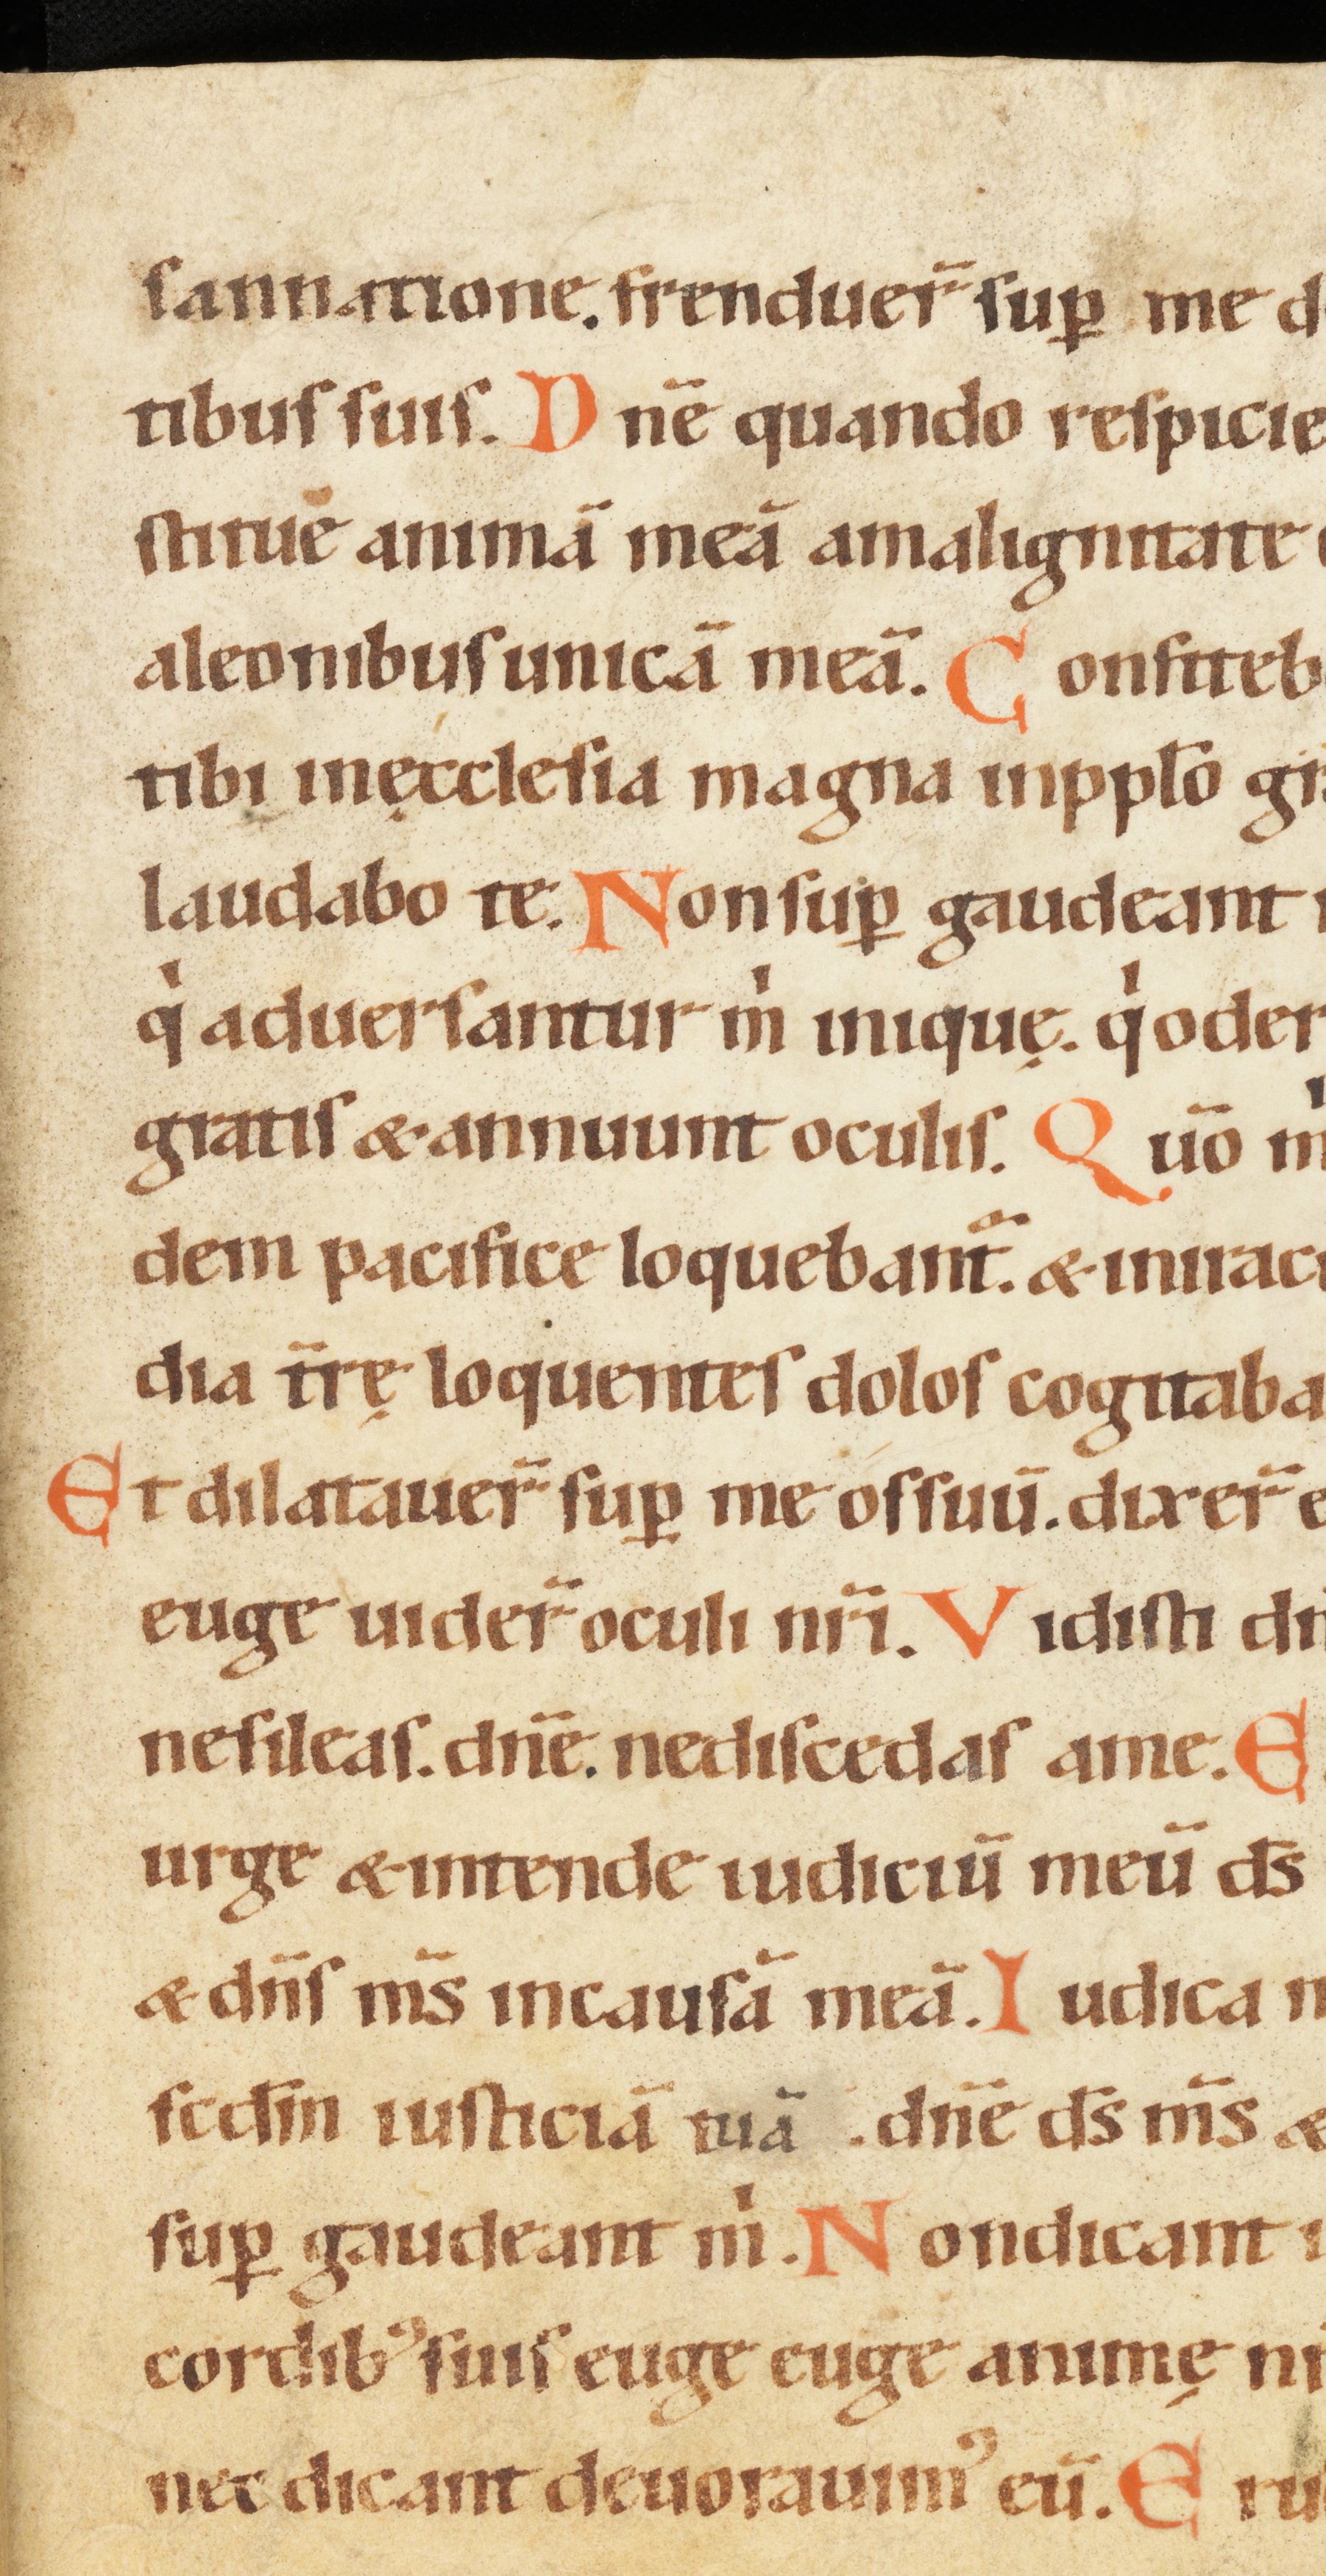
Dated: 1100–1199